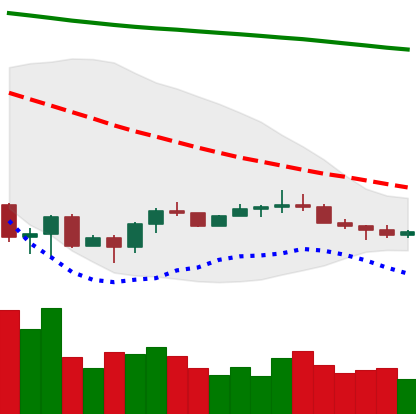
Ticker: ETC-USD
Chart end date: 2022-07-02
Forward return: 7.728%
Label: up_7plus